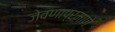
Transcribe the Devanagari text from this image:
जेवणाप्रमाणे